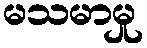
မသမာမှု